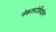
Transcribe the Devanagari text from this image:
नेकरस्टेडियोन